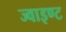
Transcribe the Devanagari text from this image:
ज्वाइण्ट